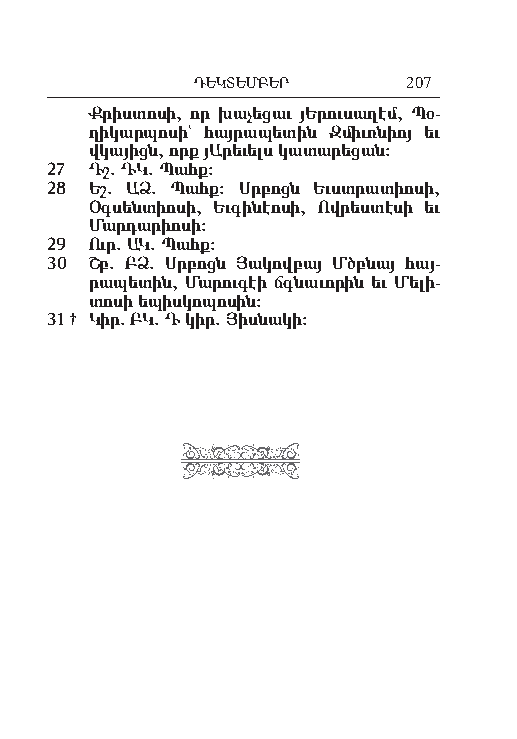
ԴԵԿՏԵՄԲԵՐ     207
 Ք րիս տո սի, որ խա չե ցաւ յԵ րու սա ղէմ, Պօ-
 ղի կար պո սի` հայ րա պե տին Զ միւռ նիոյ եւ
 վկա յիցն, որք յԱ րե ւելս կա տա րե ցան:
 27 Դշ. ԴԿ. Պահք:
 28 Եշ. ԱՁ. Պահք: Սր բոցն Եւստ րա տիո սի,
 Օգ սեն տիո սի, Եւ գի նէո սի, Ով րես տէ սի եւ
 Մար դա րիո սի:
 29 Ուր. ԱԿ. Պահք:
 30 Շբ. ԲՁ. Սր բոցն Յա կով բայ Մծբ նայ հայ-
 րապե տին, Մա րու գէի ճգնա ւո րին եւ Մե լի-
 տո սի ե պիս կո պո սին:
 31 † Կիր. ԲԿ. Դ կիր. Յիս նա կի: